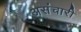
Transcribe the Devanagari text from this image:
असंचारी